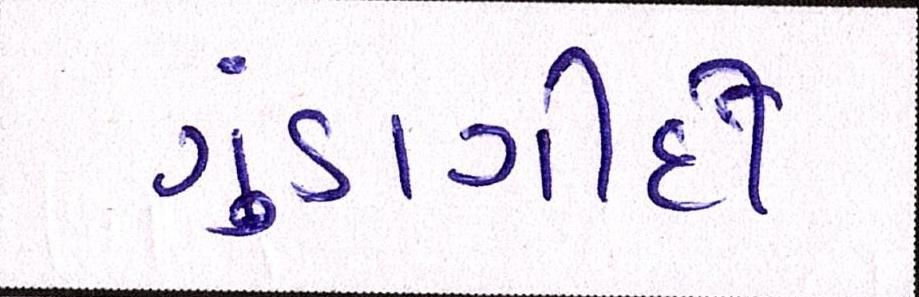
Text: ગુંડાગીર્દી